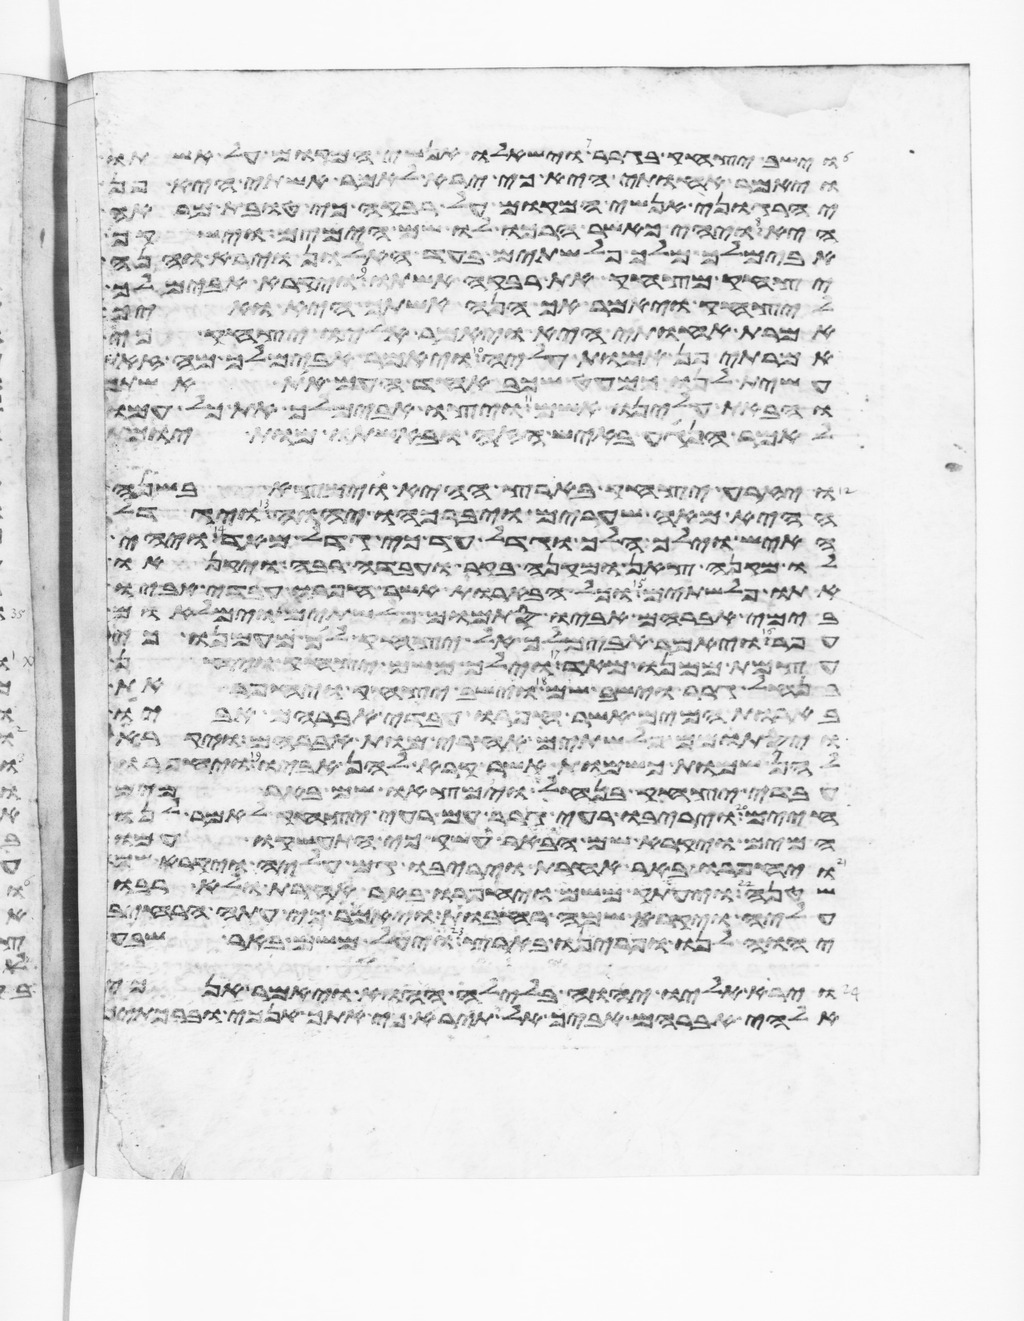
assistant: וישב יצחק בגרר וישאלו אנשי המקום על אשתו
ויאמר אחותי היא כי ירא לאמר אשתי היא פן
יהרגוני אנשי המקום על רבקה כי טובת מראה
היא ויהי כאשר הרכו לו שם הימים וישקף
אבימלך מלך פלשתים בעד החלון וירא והנה
יצחק מצחק את רבקה אשתו ויקרא אבימלך
ליצחק ויאמר אך הנה אשתך היא ואיך
אמרת אחותי היא ויאמר אליו יצחק כי
אמרתי פן אמות עליה ויאמר אבימלך מה זאת
עשית לנו כמעט שכב אחד העם את אשתך
והבאת עלינו אשם ויצו אבימלך את כל עמו
לאמר הנגע באיש הזה ובאשתו מות יומת
ויזרע יצחק בארץ ההיא וימצא בשנה
ההיא מאה שערים ויברכהו יהוה ויגדל
האיש וילך הלך וגדל עד כי גדל מאד ויהי
לו מקנה צאן ומקנה בקר ועבדה רבה ויקנאו
אתו פלשתים וכל הבארות אשר חפרו עבדי אביו
בימי אברהם אביו סתמום פלשתים וימלאום
עפר ויאמר אבימלך אל יצחק לך מעמנו כי
עצמת ממנו מאד וילך משם יצחק ויחן
בנחל גרר וישב שם וישב יצחק ויחפר את
בארות המים אשר חפרו עבדי אברהם אביו
ויסתמום פלשתים אחרי מות אברהם ויקרא
להן שמות כשמות אשר קרא להן אביו ויחפרו
עבדי יצחק בנחל וימצאו שם באר מים
חיים ויריבו רעי גרר עם רעי יצחק לאמר לנו
המים ויקרא שם הבאר עשק כי התעשקו עמו
ויחפרו באר אחרת ויריבו גם עליה ויקרא שמה
שטנה ויעתק משם ויחפרו באר אחרת ולא רבו
עליה ויקרא שמה רחבות ויאמר כי עתה הרחיב
יהוה לנו ופרינו בארץ ויעל משם באר שבע
וירא אליו יהוה בלילה ההוא ויאמר אנכי
אלהי אברהם אביך אל תירא כי אתך אנכי וברכתיך